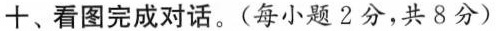
十、看图完成对话.(每小题 2分,共8分)